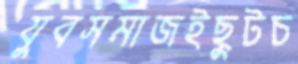
যুবসমাজইছুটচ